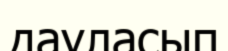
дауласып